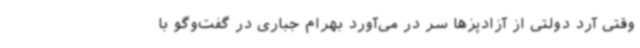
وقتی آرد دولتی از آزادپزها سر در می‌آورد بهرام جباری در گفت‌وگو با